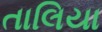
તાલિયા